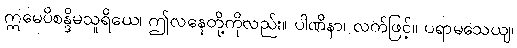
ဣမေပိစန္ဒိမသူရိယေ၊ ဤလနေတို့ကိုလည်း။ ပါဏိနာ၊ လက်ဖြင့်။ ပရာမသေယျ၊